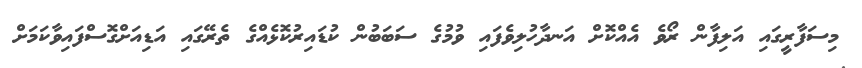
މިސަފާރީގައި އަލިފާން ރޯވެ އެއްކޮށް އަނދާހުލިވެފައި ވުމުގެ ސަބަބުން ކުޑައިރުކޮޅެއްގެ ތެރޭގައި އަޑިއަށްގޮސްފައިވާކަމަށް